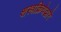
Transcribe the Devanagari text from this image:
शस्त्रक्रियेद्वारे